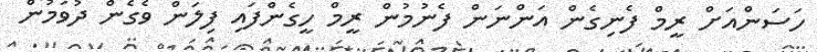
ހަސަންއަށް ރީމް ފެނިގެން އަންނަން ފެނުމުން ރީމް ހީގެންފައި ފިލަން ވެގެން ދުވަމުން